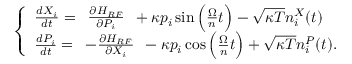
\begin{array} { r } { \left\{ \begin{array} { l } { \frac { d X _ { i } } { d t } = \begin{array} { c } { \frac { \partial H _ { R F } } { \partial P _ { i } } } \end{array} + \kappa p _ { i } \sin \Big ( \frac { \Omega } { n } t \Big ) - \sqrt { \kappa T } n _ { i } ^ { X } ( t ) } \\ { \frac { d P _ { i } } { d t } = \begin{array} { c } { - \frac { \partial H _ { R F } } { \partial X _ { i } } } \end{array} - \kappa p _ { i } \cos \Big ( \frac { \Omega } { n } t \Big ) + \sqrt { \kappa T } n _ { i } ^ { P } ( t ) . } \end{array} \right. } \end{array}